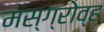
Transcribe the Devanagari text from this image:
मस्ग्रोव्ह